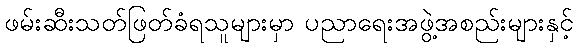
ဖမ်းဆီးသတ်ဖြတ်ခံရသူများမှာ ပညာရေးအဖွဲ့အစည်းများနှင့်